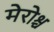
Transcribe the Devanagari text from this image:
मेरोश्च